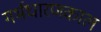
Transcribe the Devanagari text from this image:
गर्भधारणकाल